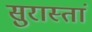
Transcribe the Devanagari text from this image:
सुरास्तां